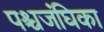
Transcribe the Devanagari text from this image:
पश्चजंघिका